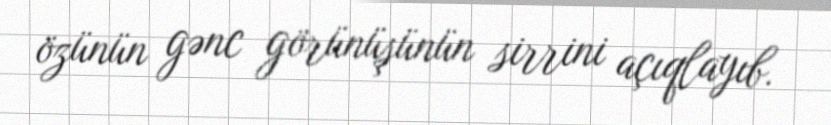
özünün gənc görünüşünün sirrini açıqlayıb.